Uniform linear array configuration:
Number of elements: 8
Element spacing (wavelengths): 0.75
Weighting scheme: hann
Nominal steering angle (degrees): -60
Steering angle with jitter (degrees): -60.1
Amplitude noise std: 0.05
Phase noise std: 0.05

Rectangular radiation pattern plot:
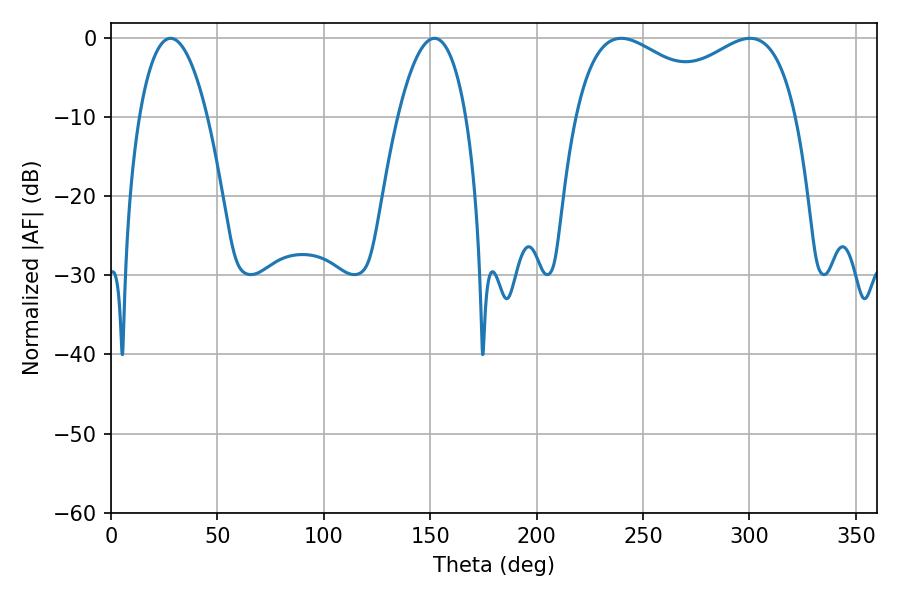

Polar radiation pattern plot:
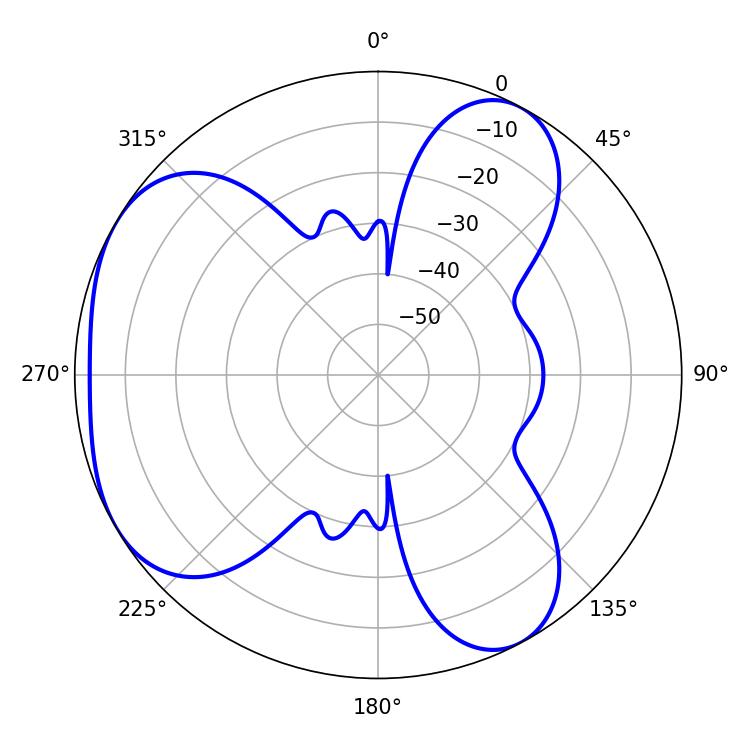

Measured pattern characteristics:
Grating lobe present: TRUE
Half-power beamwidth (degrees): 86.76
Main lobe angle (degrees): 239.76